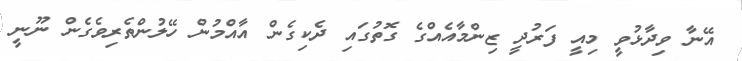
އޭނާ ވިދާޅުވީ މިއީ ފަރުދީ ޒިންމާއެއްގެ ގޮތުގައި ދެކިގެން އާއްމުން ހޭލުންތެރިވެގެން ނޫނީ